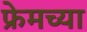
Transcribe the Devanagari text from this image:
फ्रेमच्या